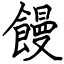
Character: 饅